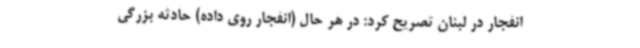
انفجار در لبنان تصریح کرد: در هر حال (انفجار روی داده) حادثه بزرگی